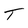
Character: T